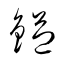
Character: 鎰